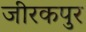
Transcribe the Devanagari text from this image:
जीरकपुर